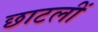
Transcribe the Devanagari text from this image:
छाटलीं